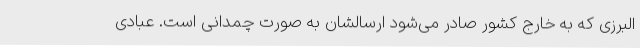
البرزی که به خارج کشور صادر می‌شود ارسالشان به صورت چمدانی است. عبادی